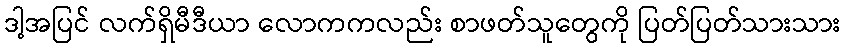
ဒါ့အပြင် လက်ရှိမီဒီယာ လောကကလည်း စာဖတ်သူတွေကို ပြတ်ပြတ်သားသား